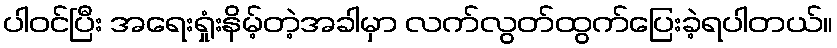
ပါဝင်ပြီး အရေးရှုံးနိမ့်တဲ့အခါမှာ လက်လွတ်ထွက်ပြေးခဲ့ရပါတယ်။